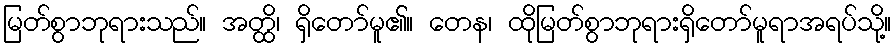
မြတ်စွာဘုရားသည်။ အတ္ထိ၊ ရှိတော်မူ၏။ တေန၊ ထိုမြတ်စွာဘုရားရှိတော်မူရာအရပ်သို့။